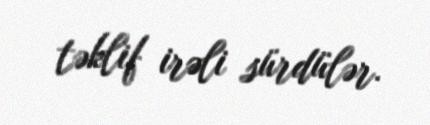
təklif irəli sürdülər.